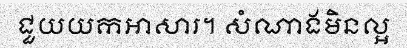
ជួយយកអាសារ។ សំណាងមិនល្អ